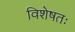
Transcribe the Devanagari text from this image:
विशेषतः